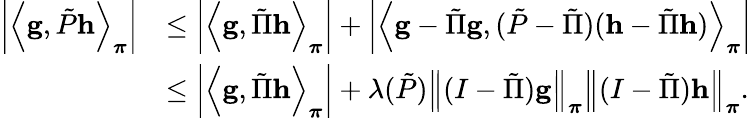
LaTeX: \begin{array}{rl}{\left\lvert\left\langle\mathbf{g},\tilde{P}\mathbf{h}\right\rangle_{\boldsymbol\pi}\right\rvert}&{\leq\left\lvert\left\langle\mathbf{g},\tilde{\Pi}\mathbf{h}\right\rangle_{\boldsymbol\pi}\right\rvert+\left\lvert\left\langle\mathbf{g}-\tilde{\Pi}\mathbf{g},(\tilde{P}-\tilde{\Pi})(\mathbf{h}-\tilde{\Pi}\mathbf{h})\right\rangle_{\boldsymbol\pi}\right\rvert}\\ &{\leq\left\lvert\left\langle\mathbf{g},\tilde{\Pi}\mathbf{h}\right\rangle_{\boldsymbol\pi}\right\rvert+\lambda(\tilde{P})\left\lVert(I-\tilde{\Pi})\mathbf{g}\right\rVert_{\boldsymbol\pi}\left\lVert(I-\tilde{\Pi})\mathbf{h}\right\rVert_{\boldsymbol\pi}.}\end{array}